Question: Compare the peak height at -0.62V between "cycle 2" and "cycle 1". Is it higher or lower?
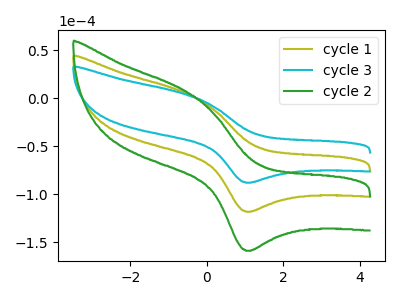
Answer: <think>The olive curve "cycle 1" has an anodic peak at (-0.60V, 6.45uA) and a cathodic peak at (1.05V, -118.35uA). The cyan curve "cycle 3" has an anodic peak at (-0.60V, 4.80uA) and a cathodic peak at (1.05V, -88.10uA). The green curve "cycle 2" has an anodic peak at (-0.60V, 12.90uA) and a cathodic peak at (1.05V, -236.70uA).</think>
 <answer>The peak at -0.62V is higher in "cycle 2" than in "cycle 1".</answer>
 <eval>higher</eval>